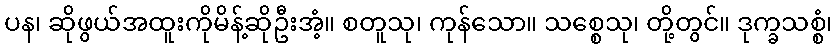
ပန၊ ဆိုဖွယ်အထူးကိုမိန့်ဆိုဦးအံ့။ စတူသု၊ ကုန်သော။ သစ္စေသု၊ တို့တွင်။ ဒုက္ခသစ္စံ၊